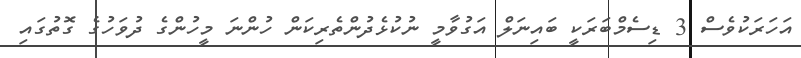
އަހަރަކުވެސް 3 ޑިސެމްބަރަކީ ބައިނަލް އަގުވާމީ ނުކުޅެދުންތެރިކަން ހުންނަ މީހުންގެ ދުވަހުގެ ގޮތުގައި